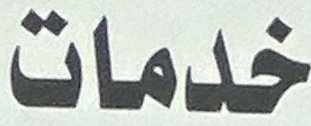
خدمات